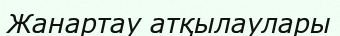
Жанартау атқылаулары